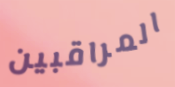
المراقبين